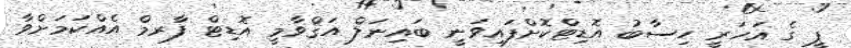
ޕީ ގެ އަހަރީ ހިސާބު އޮޑިޓްކޮށްފައިވަނީ ބައިނަލް އަޤްވާމީ އޮޑިޓް ފާރމް އެއްކަމަށްވާ